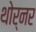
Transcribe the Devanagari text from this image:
थोर्नर